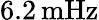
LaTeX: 6.2\, \mathrm{mHz}